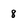
Character: 8